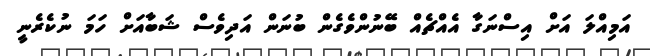
އަމިއްލަ އަށް އިސްނަގާ އެއްޗެއް ބޭނުންވެގެން ބުނަން އަދިވެސް ޝަބާއަށް ހަމަ ނުކެރެނީ